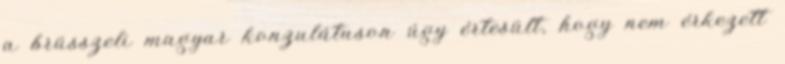
a brüsszeli magyar konzulátuson úgy értesült, hogy nem érkezett